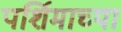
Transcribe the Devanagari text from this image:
पर्शिमाच्या